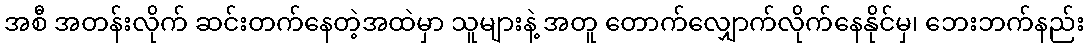
အစီ အတန်းလိုက် ဆင်းတက်နေတဲ့အထဲမှာ သူများနဲ့ အတူ တောက်လျှောက်လိုက်နေနိုင်မှ၊ ဘေးဘက်နည်း